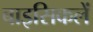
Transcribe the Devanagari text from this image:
बाइसिकलें